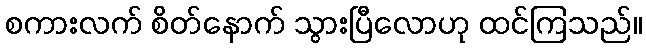
စကားလက် စိတ်နောက် သွားပြီလောဟု ထင်ကြသည်။